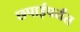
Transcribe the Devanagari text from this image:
छपाईपर्यंत